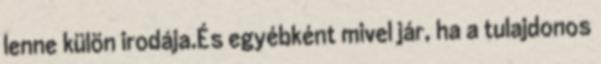
lenne külön irodája.És egyébként mivel jár, ha a tulajdonos